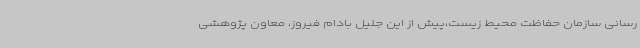
رسانی سازمان حفاظت محیط زیست،پیش از این جلیل بادام فیروز، معاون پژوهشی